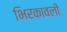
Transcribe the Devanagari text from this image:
भिरकावली